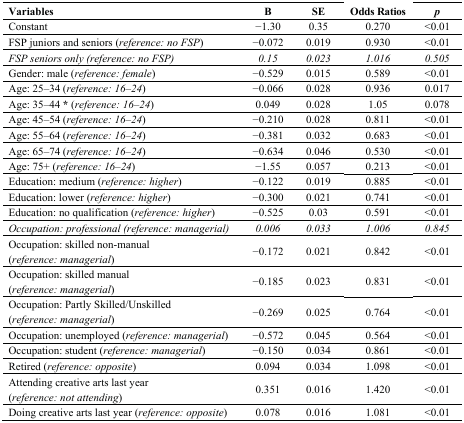
<table><thead><tr><td><b>Variables</b></td><td><b>B</b></td><td><b>SE</b></td><td><b>Odds Ratios</b></td><td><b><i>p</i></b></td></tr></thead><tbody><tr><td>Constant</td><td>−1.30</td><td>0.35</td><td>0.270</td><td>&lt;0.01</td></tr><tr><td>FSP juniors and seniors (<i>reference: no FSP</i>)</td><td>−0.072</td><td>0.019</td><td>0.930</td><td>&lt;0.01</td></tr><tr><td><i>FSP seniors only (reference: no FSP)</i></td><td><i>0.15</i></td><td><i>0.023</i></td><td><i>1.016</i></td><td><i>0.505</i></td></tr><tr><td>Gender: male (<i>reference: female</i>)</td><td>−0.529</td><td>0.015</td><td>0.589</td><td>&lt;0.01</td></tr><tr><td>Age: 25–34 (<i>reference: 16</i>–<i>24</i>)</td><td>−0.066</td><td>0.028</td><td>0.936</td><td>0.017</td></tr><tr><td>Age: 35–44 <b>*</b> (<i>reference: 16</i>–<i>24</i>)</td><td>0.049</td><td>0.028</td><td>1.05</td><td>0.078</td></tr><tr><td>Age: 45–54 (<i>reference: 16</i>–<i>24</i>)</td><td>−0.210</td><td>0.028</td><td>0.811</td><td>&lt;0.01</td></tr><tr><td>Age: 55–64 (<i>reference: 16</i>–<i>24</i>)</td><td>−0.381</td><td>0.032</td><td>0.683</td><td>&lt;0.01</td></tr><tr><td>Age: 65–74 (<i>reference: 16</i>–<i>24</i>)</td><td>−0.634</td><td>0.046</td><td>0.530</td><td>&lt;0.01</td></tr><tr><td>Age: 75+ (<i>reference: 16</i>–<i>24</i>)</td><td>−1.55</td><td>0.057</td><td>0.213</td><td>&lt;0.01</td></tr><tr><td>Education: medium (<i>reference: higher</i>)</td><td>−0.122</td><td>0.019</td><td>0.885</td><td>&lt;0.01</td></tr><tr><td>Education: lower (<i>reference: higher</i>)</td><td>−0.300</td><td>0.021</td><td>0.741</td><td>&lt;0.01</td></tr><tr><td>Education: no qualification (<i>reference: higher</i>)</td><td>−0.525</td><td>0.03</td><td>0.591</td><td>&lt;0.01</td></tr><tr><td><i>Occupation: professional (reference: managerial)</i></td><td><i>0.006</i></td><td><i>0.033</i></td><td><i>1.006</i></td><td><i>0.845</i></td></tr><tr><td>Occupation: skilled non-manual (<i>reference: managerial</i>)</td><td>−0.172</td><td>0.021</td><td>0.842</td><td>&lt;0.01</td></tr><tr><td>Occupation: skilled manual (<i>reference: managerial</i>)</td><td>−0.185</td><td>0.023</td><td>0.831</td><td>&lt;0.01</td></tr><tr><td>Occupation: Partly Skilled/Unskilled (<i>reference: managerial</i>)</td><td>−0.269</td><td>0.025</td><td>0.764</td><td>&lt;0.01</td></tr><tr><td>Occupation: unemployed (<i>reference: managerial</i>)</td><td>−0.572</td><td>0.045</td><td>0.564</td><td>&lt;0.01</td></tr><tr><td>Occupation: student (<i>reference: managerial</i>)</td><td>−0.150</td><td>0.034</td><td>0.861</td><td>&lt;0.01</td></tr><tr><td>Retired (<i>reference: opposite</i>)</td><td>0.094</td><td>0.034</td><td>1.098</td><td>&lt;0.01</td></tr><tr><td>Attending creative arts last year (<i>reference: not attending</i>)</td><td>0.351</td><td>0.016</td><td>1.420</td><td>&lt;0.01</td></tr><tr><td>Doing creative arts last year (<i>reference: opposite</i>)</td><td>0.078</td><td>0.016</td><td>1.081</td><td>&lt;0.01</td></tr></tbody></table>